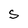
Character: S